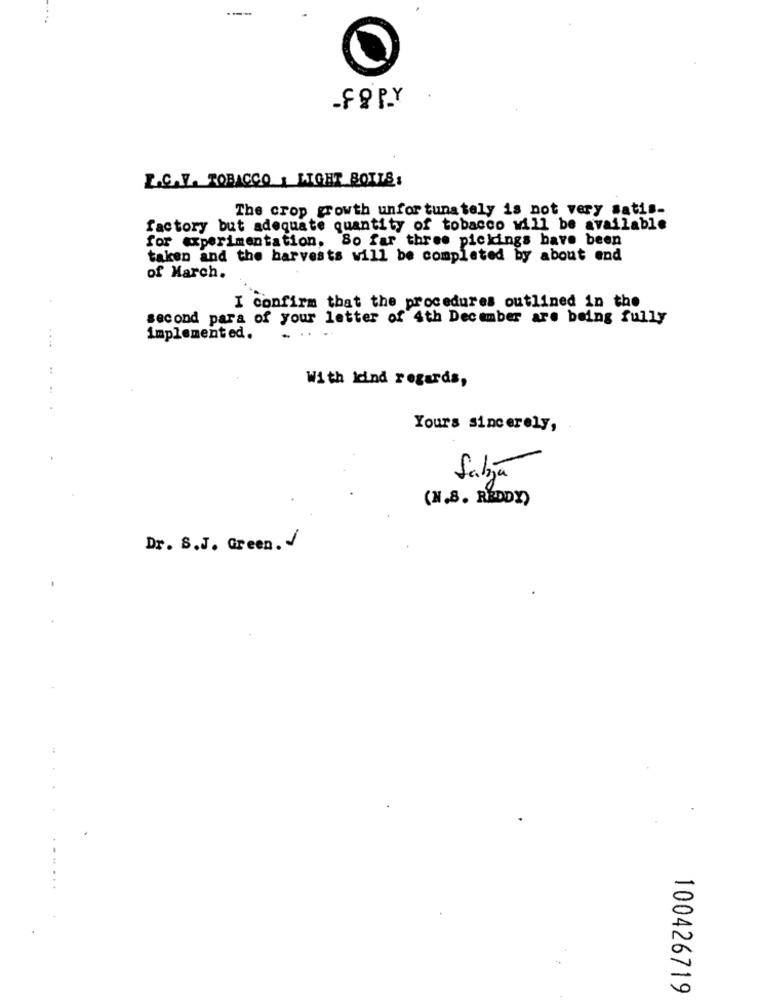
-F & P.Y
L.C.V. TOBACCO : LIGHT BOILS:
The crop growth unfortunately is not very satis-
factory but adequate quantity of tobacco will be available
for experimentation, So far three pickings have been
taken and the harvests will be completed by about end
of March.
I confirm that the procedures outlined in the
second para of your letter of 4th December are being fully
implemented.
. ..
..
....
With kind regards,
Yours sincerely,
Saljã
(N.S. REDDY)
Dr. B.J. Green. /
0
0
100426719